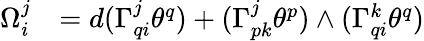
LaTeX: \begin{array}{ll}{\Omega_{i}^{j}}&{=d(\Gamma_{qi}^{j}\theta^{q})+(\Gamma_{pk}^{j}\theta^{p})\wedge(\Gamma_{qi}^{k}\theta^{q})}\end{array}